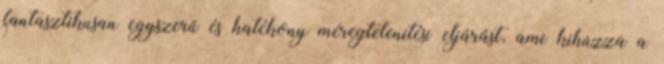
fantasztikusan egyszerű és hatékony méregtelenítési eljárást, ami kihúzza a